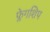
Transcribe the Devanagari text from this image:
फ्लेगशिप